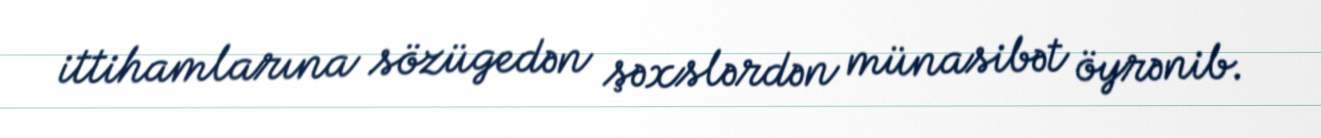
ittihamlarına sözügedən şəxslərdən münasibət öyrənib.